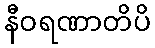
နီဝရဏာတိပိ